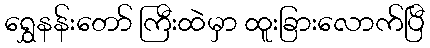
ရွှေနန်းတော် ကြီးထဲမှာ ထူးခြားလောက်ပြီ